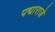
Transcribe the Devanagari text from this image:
पद्माराजे